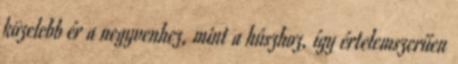
közelebb ér a negyvenhez, mint a húszhoz, így értelemszerűen